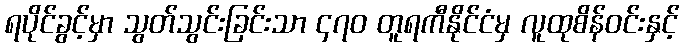
ရပိုင်ခွင့်မှာ သွတ်သွင်းခြင်းသာ ၄၇၀ တူရကီနိုင်ငံမှ လူထုစိန်ဝင်းနှင့်